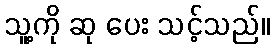
သူ့ကို ဆု ပေး သင့်သည်။